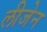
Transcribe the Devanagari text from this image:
लीजेन